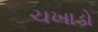
ચખાડો